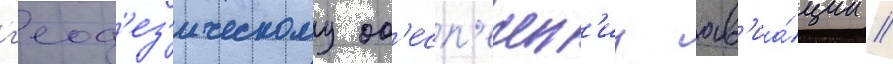
г'еод'ез'ическому об'есп'ечен'иу ав'иа́ции //